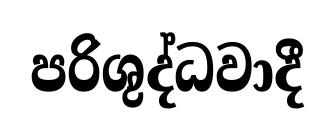
පරිශුද්ධවාදී